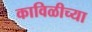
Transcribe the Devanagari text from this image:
काविळीच्या